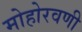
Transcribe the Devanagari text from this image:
मोहोरवणी